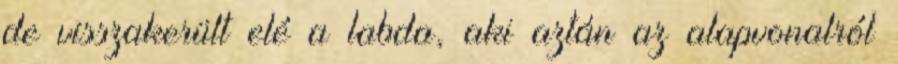
de visszakerült elé a labda, aki aztán az alapvonalról